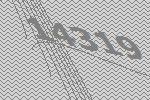
14319